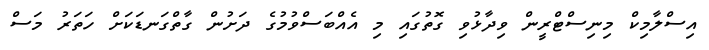
އިސްލާމިކް މިނިސްޓްރީން ވިދާޅުވި ގޮތުގައި މި އެއްބަސްވުމުގެ ދަށުން ގާތްގަނޑަކަށް ހަތަރު މަސް